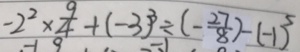
- 2 ^ { 2 } \times \frac { 9 } { 4 } + ( - 3 ) ^ { 3 } \div ( - \frac { 2 7 } { 8 } ) - ( - 1 ) ^ { 5 }